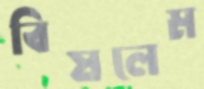
বিষলেম